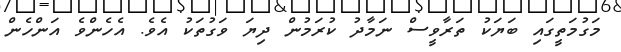
މަގުމަތީގައި ބަޔަކު ތަރާވީސް ނަމާދު ކުރަމުން ދިޔަ ވަގުތަކު އެވެ. އެހެންވެ އަންހެން